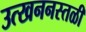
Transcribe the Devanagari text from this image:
उत्खननस्तळी